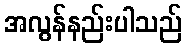
အလွန်နည်းပါသည်